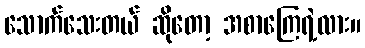
သောက်သေးတယ် ဆိုတော့ အစာကြေရဲ့လား။